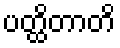
ပတ္ထိတာတိ